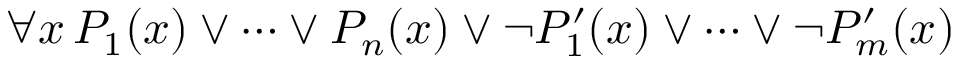
\forall x \, P _ { 1 } ( x ) \lor \cdots \lor P _ { n } ( x ) \lor \neg P _ { 1 } ^ { \prime } ( x ) \lor \cdots \lor \neg P _ { m } ^ { \prime } ( x )